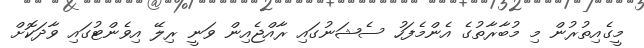
މީގެއިތުރުން މި މުބާރާތުގެ އެންމެފަހު ސެޝަނުގައި ރާއްޖެއިން ވަނީ ރިލޭ އިވެންޓުގައި ވާދަކޮށް